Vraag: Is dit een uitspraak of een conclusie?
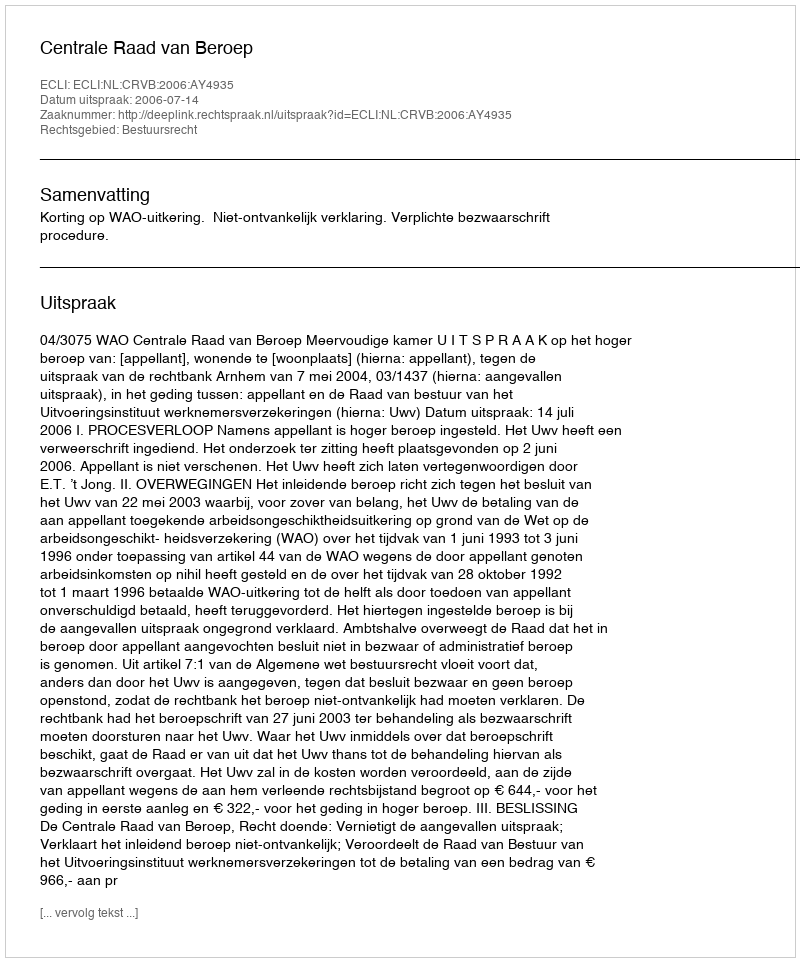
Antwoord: Uitspraak